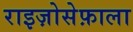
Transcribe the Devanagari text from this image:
राइज़ोसेफ़ाला